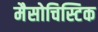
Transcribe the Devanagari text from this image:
मैसोचिस्टिक